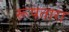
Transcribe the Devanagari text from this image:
रूपतारा